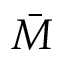
\bar { M }